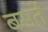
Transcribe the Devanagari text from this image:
बसर्ते